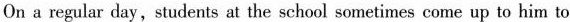
On a regular day,students at the school sometimes come up to him to